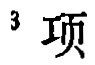
$^{3}\text{项}$